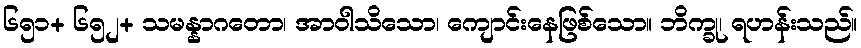
၆၅၁+ ၆၅၂+ သမန္နာဂတော၊ အာဝါသိသော၊ ကျောင်းနေဖြစ်သော။ ဘိက္ခု၊ ရဟန်းသည်။